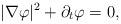
LaTeX: \begin{align*}|\nabla\varphi|^2 + \partial_t\varphi = 0,\end{align*}